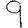
Digit: 9